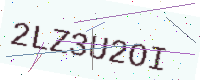
Text: 2LZ3U2OI